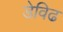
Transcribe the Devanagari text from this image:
डेविढ